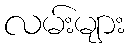
လမ်းများ